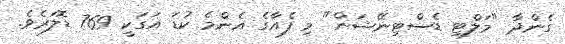
ގެންދާ "މަލްޓި ޑެސްޓިނޭޝަން" މި ފެއާގެ އެންމެ ކުޑަ އަގަކީ 769 ޑޮލަރެވެ.